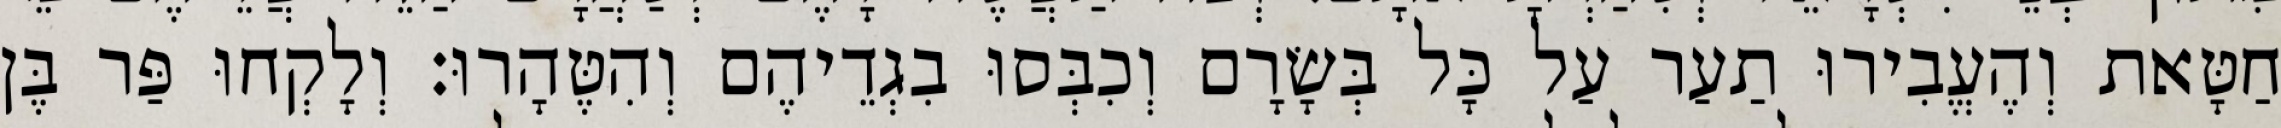
חַטָּאת וְהֶעֱבִירוּ תַעַר עַל כָּל בְּשָׂרָם וְכִבְּסוּ בִגְדֵיהֶם וְהִטֶּהָרוּ׃ וְלָקְחוּ פַּר בֶּן